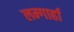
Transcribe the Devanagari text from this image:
लम्गार्हा